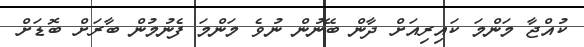
ކުއްޖާ މަންމަ ކައިރިއަށް ދާން ބޭނުން ނުވެ މަންމަ ފެނުމުން ބާރަށް ބޮޑަށް